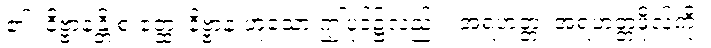
၏။ နိဗ္ဗာနန္တိ စ ဧတ္ထ၊ နိဗ္ဗာန ဟူသော ဤပုဒ်၌လည်း။ အရဟတ္တံ၊ အရဟတ္တဖိုလ်ကို။